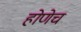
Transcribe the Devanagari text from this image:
होणेच